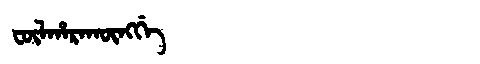
Manchu: ᡶᡡᠯᡥᠠᡵᠠᡴᡡᠩᡤᡝ
Romanization: FŪLHARAKŪNGGE